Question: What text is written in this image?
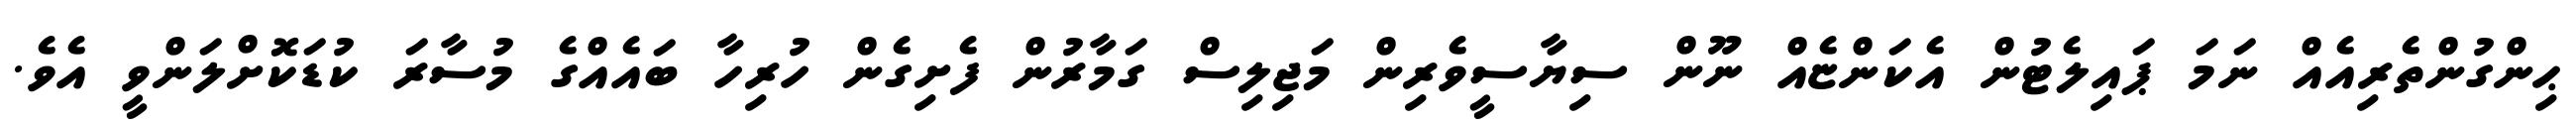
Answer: ޙިންގުންތެރިއެއް ނަމަ ޕައިލެޓުން އެކަންޏެއް ނޫން ސިޔާސީވެރިން މަޖިލިސް ގަމާރުން ފެށިގެން ހުރިހާ ބައެއްގެ މުސާރަ ކުޑަކޮށްލަންވީ އެވެ.